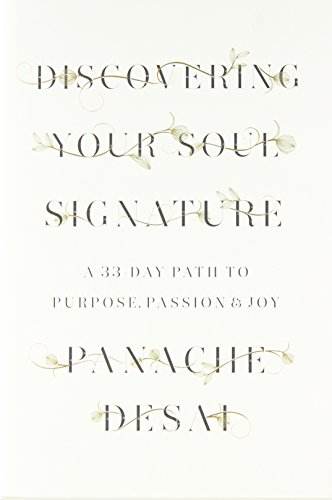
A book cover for Discovering Your Soul Signature: A 33-Day Path to Purpose, Passion & Joy; Panache Desai; Health, Fitness & Dieting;